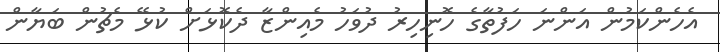
އެހެންކަމުން އަންނަ ހަފުތާގެ ހޮނިހިރު ދުވަހު މެއިންޒާ ދެކޮޅަށް ކުޅޭ މެޗުން ބަޔާން